Annual returns of the Patna Lunatic Asylum at Bankipore in Bihar and Orissa - 1912-1924
Year: 1912
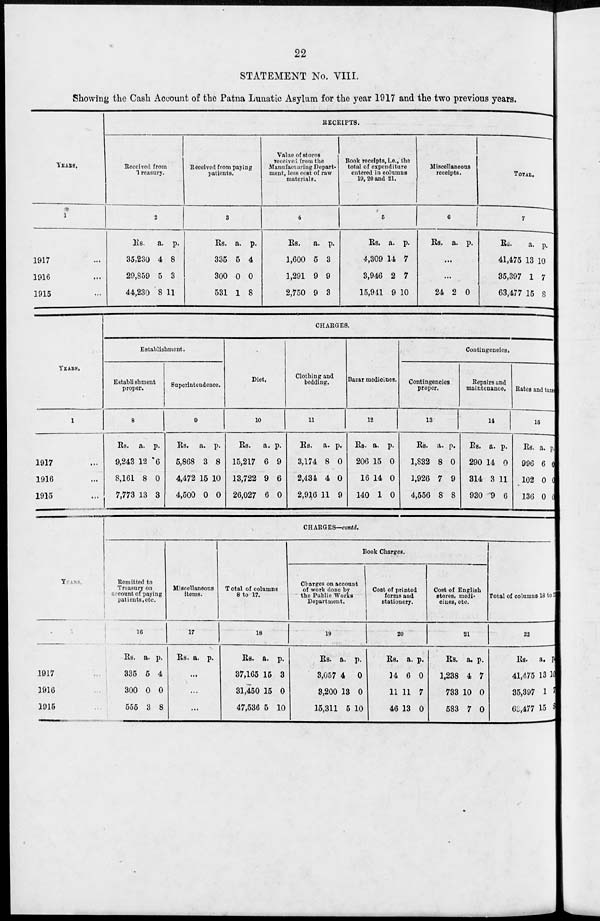
22
STATEMENT No. VIII.
Showing the Cash Account of the Patna Lunatic Asylum for the year 1917 and the two previous years.
YEARS.
1
1917 ...
1916 ...
1915 ...
RECEIPTS.
Received from
Treasury.
2
Rs.
35,230
29,859
44,230
a.
4
5
8
p.
8
3
11
Received from paying
patients.
3
Rs.
335
300
531
a.
5
0
1
p.
4
0
8
Value of stores
received from the
Manufacturing Depart-
ment, less cost of raw
materials.
4
Rs.
1,600
1,291
2,750
a.
5
9
9
p.
3
9
3
Book receipts, i.e., the
total of expenditure
entered in columns
19, 20 and 21.
5
Rs.
4,309
3,946
15,941
a.
14
2
9
p.
7
7
10
Miscellaneous
receipts.
6
Rs. a. p.
...
...
24 2 0
TOTAL.
7
Rs.
41,475
35,397
63,477
a.
13
1
15
p.
10
7
8
YEARS.
1
1917 ...
1916 ...
1915 ...
CHARGES.
Establishment.
Establishment
proper.
8
Rs.
9,243
8,161
7,773
a.
12
8
13
p.
6
0
3
Superintendence.
9
Rs.
5,868
4,472
4,500
a.
3
15
0
p.
8
10
0
Diet.
10
Rs.
15,217
13,722
26,027
a.
6
9
6
p.
9
6
0
Clothing and
bedding.
11
Rs.
3,174
2,434
2,916
a.
8
4
11
p.
0
0
9
Bazar medicines.
12
Rs.
206
16
140
a.
15
14
1
p.
0
0
0
Contingencies.
Contingencies
proper.
13
Rs.
1,832
1,926
4,556
a.
8
7
8
p.
0
9
8
Repairs and
maintenance.
14
Rs.
290
314
930
a.
14
3
9
p.
0
11
6
Rates and taxes
15
Rs.
996
102
136
a.
6
0
0
p.
0
0
0
YEARS.
1917 ...
1916 ...
1915 ...
CHARGES—contd.
Remitted to
Treasury on
account of paying
patients, etc.
16
Rs.
335
300
555
a.
5
0
3
p.
4
0
8
Miscellaneous
items.
17
Rs. a. p.
...
...
...
Total of columns
8 to 17.
18
Rs.
37,165
31,450
47,536
a.
15
15
5
p.
3
0
10
Book Charges.
Charges on account
of work done by
the Public Works
Department.
19
Rs.
3,057
3,200
15,311
a.
4
13
5
p.
0
0
10
Cost of printed
forms and
stationery.
20
Rs.
14
11
46
a.
6
11
13
p.
0
7
0
Cost of English
stores, medi-
cines, etc.
21
Rs.
1,238
733
583
a.
4
10
7
p.
7
0
0
Total of columns 18 to 21.
22
Rs.
41,475
35,397
63,477
a.
13
1
15
p.
10
7
3